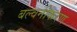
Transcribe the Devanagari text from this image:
बल्वनीकरण